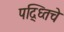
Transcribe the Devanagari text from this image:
पद्ध्तिचे